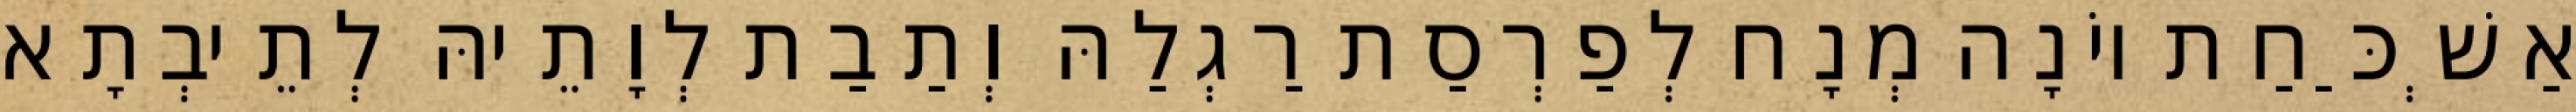
אַשְׁכַּחַת יוֹנָה מְנָח לְפַרְסַת רַגְלַהּ וְתַבַת לְוָתֵיהּ לְתֵיבְתָא